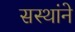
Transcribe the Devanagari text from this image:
सस्थांने